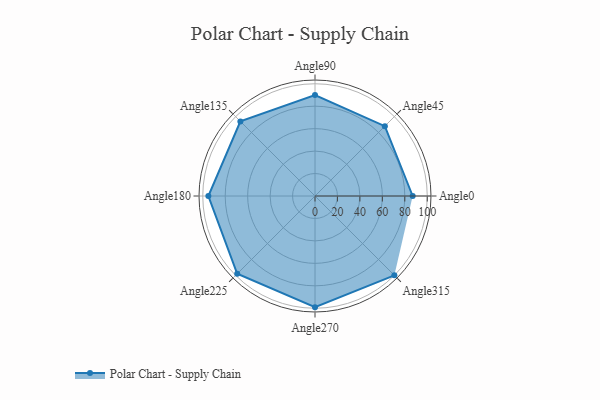
{"axis": {"x": "Angle", "y": "Radius"}, "legend": [""], "data": [{"x": "Angle0", "y": 87.0, "type": ""}, {"x": "Angle45", "y": 88.0, "type": ""}, {"x": "Angle90", "y": 90.0, "type": ""}, {"x": "Angle135", "y": 94.0, "type": ""}, {"x": "Angle180", "y": 95.0, "type": ""}, {"x": "Angle225", "y": 98.0, "type": ""}, {"x": "Angle270", "y": 99.0, "type": ""}, {"x": "Angle315", "y": 100.0, "type": ""}]}